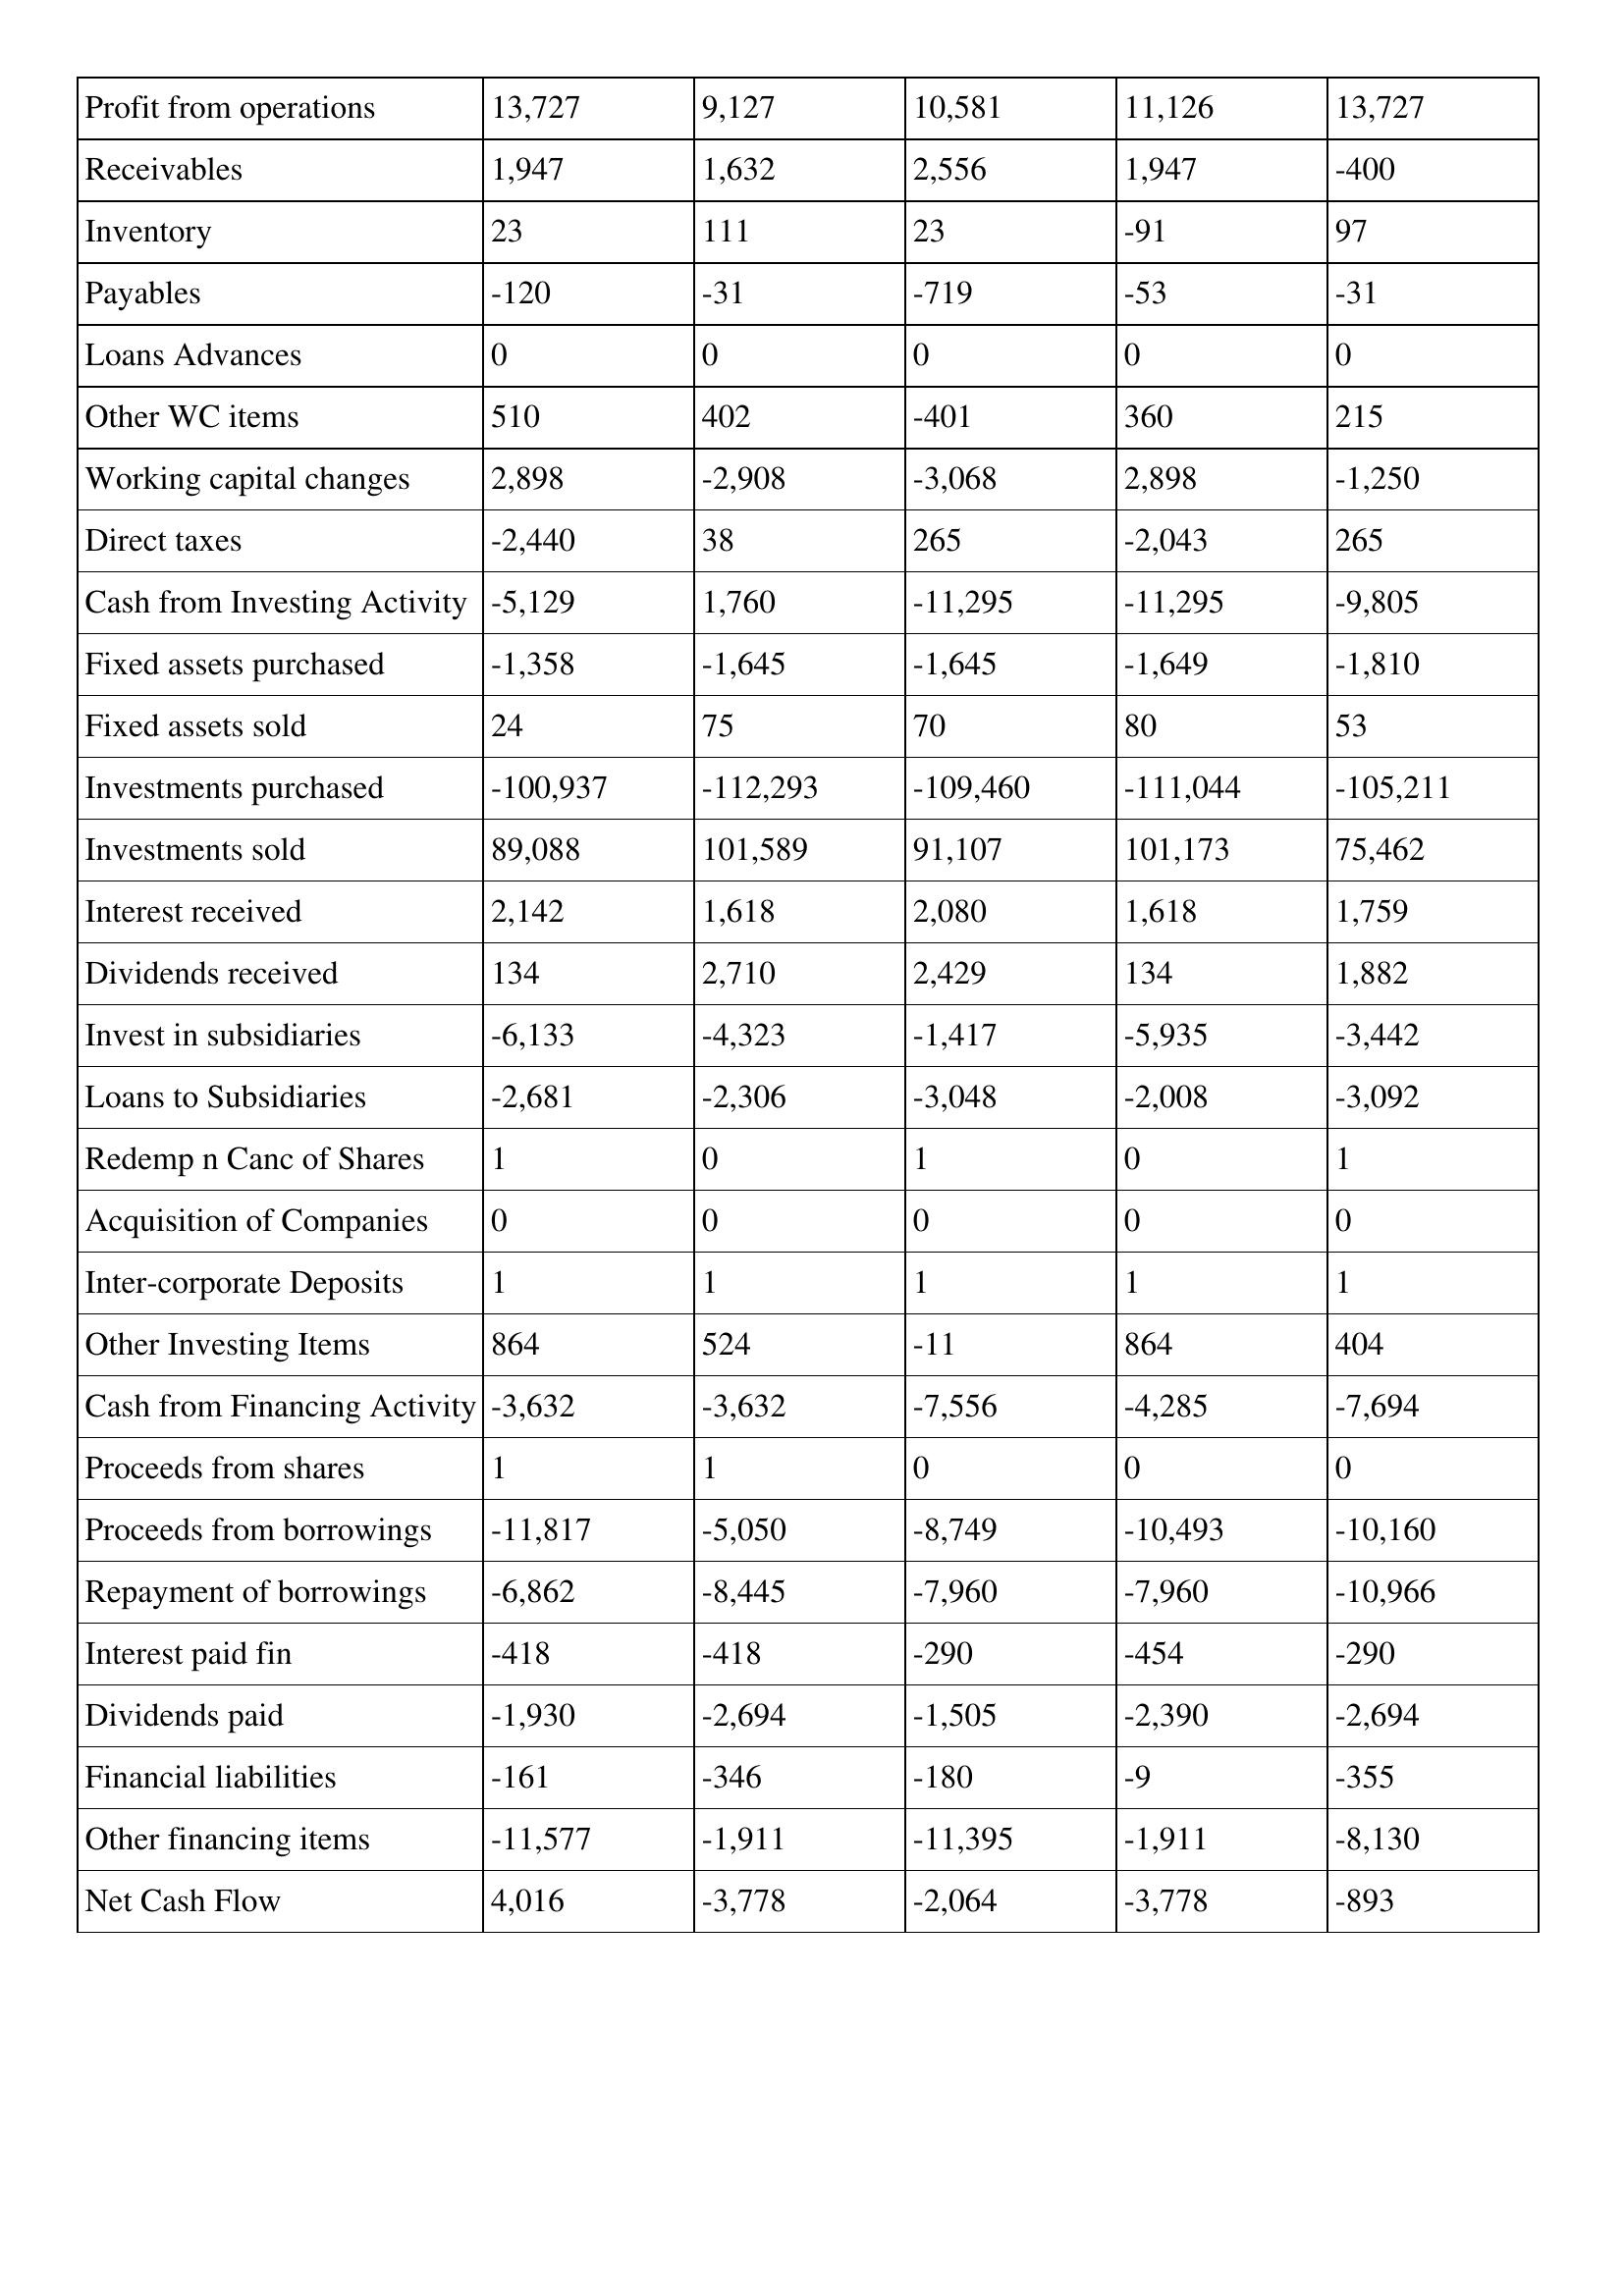
gt_parse: 1995: Cash Flows: Profit from operations: 13,727
Receivables: 1,947
Inventory: 23
Payables: -120
Loans Advances: 0
Other WC items: 510
Working capital changes: 2,898
Direct taxes: -2,440
Cash from Investing Activity: -5,129
Fixed assets purchased: -1,358
Fixed assets sold: 24
Investments purchased: -100,937
Investments sold: 89,088
Interest received: 2,142
Dividends received: 134
Invest in subsidiaries: -6,133
Loans to Subsidiaries: -2,681
Redemp n Canc of Shares: 1
Acquisition of Companies: 0
Inter-corporate Deposits: 1
Other Investing Items: 864
Cash from Financing Activity: -3,632
Proceeds from shares: 1
Proceeds from borrowings: -11,817
Repayment of borrowings: -6,862
Interest paid fin: -418
Dividends paid: -1,930
Financial liabilities: -161
Other financing items: -11,577
Net Cash Flow: 4,016
1994: Cash Flows: Profit from operations: 9,127
Receivables: 1,632
Inventory: 111
Payables: -31
Loans Advances: 0
Other WC items: 402
Working capital changes: -2,908
Direct taxes: 38
Cash from Investing Activity: 1,760
Fixed assets purchased: -1,645
Fixed assets sold: 75
Investments purchased: -112,293
Investments sold: 101,589
Interest received: 1,618
Dividends received: 2,710
Invest in subsidiaries: -4,323
Loans to Subsidiaries: -2,306
Redemp n Canc of Shares: 0
Acquisition of Companies: 0
Inter-corporate Deposits: 1
Other Investing Items: 524
Cash from Financing Activity: -3,632
Proceeds from shares: 1
Proceeds from borrowings: -5,050
Repayment of borrowings: -8,445
Interest paid fin: -418
Dividends paid: -2,694
Financial liabilities: -346
Other financing items: -1,911
Net Cash Flow: -3,778
1993: Cash Flows: Profit from operations: 10,581
Receivables: 2,556
Inventory: 23
Payables: -719
Loans Advances: 0
Other WC items: -401
Working capital changes: -3,068
Direct taxes: 265
Cash from Investing Activity: -11,295
Fixed assets purchased: -1,645
Fixed assets sold: 70
Investments purchased: -109,460
Investments sold: 91,107
Interest received: 2,080
Dividends received: 2,429
Invest in subsidiaries: -1,417
Loans to Subsidiaries: -3,048
Redemp n Canc of Shares: 1
Acquisition of Companies: 0
Inter-corporate Deposits: 1
Other Investing Items: -11
Cash from Financing Activity: -7,556
Proceeds from shares: 0
Proceeds from borrowings: -8,749
Repayment of borrowings: -7,960
Interest paid fin: -290
Dividends paid: -1,505
Financial liabilities: -180
Other financing items: -11,395
Net Cash Flow: -2,064
1992: Cash Flows: Profit from operations: 11,126
Receivables: 1,947
Inventory: -91
Payables: -53
Loans Advances: 0
Other WC items: 360
Working capital changes: 2,898
Direct taxes: -2,043
Cash from Investing Activity: -11,295
Fixed assets purchased: -1,649
Fixed assets sold: 80
Investments purchased: -111,044
Investments sold: 101,173
Interest received: 1,618
Dividends received: 134
Invest in subsidiaries: -5,935
Loans to Subsidiaries: -2,008
Redemp n Canc of Shares: 0
Acquisition of Companies: 0
Inter-corporate Deposits: 1
Other Investing Items: 864
Cash from Financing Activity: -4,285
Proceeds from shares: 0
Proceeds from borrowings: -10,493
Repayment of borrowings: -7,960
Interest paid fin: -454
Dividends paid: -2,390
Financial liabilities: -9
Other financing items: -1,911
Net Cash Flow: -3,778
1991: Cash Flows: Profit from operations: 13,727
Receivables: -400
Inventory: 97
Payables: -31
Loans Advances: 0
Other WC items: 215
Working capital changes: -1,250
Direct taxes: 265
Cash from Investing Activity: -9,805
Fixed assets purchased: -1,810
Fixed assets sold: 53
Investments purchased: -105,211
Investments sold: 75,462
Interest received: 1,759
Dividends received: 1,882
Invest in subsidiaries: -3,442
Loans to Subsidiaries: -3,092
Redemp n Canc of Shares: 1
Acquisition of Companies: 0
Inter-corporate Deposits: 1
Other Investing Items: 404
Cash from Financing Activity: -7,694
Proceeds from shares: 0
Proceeds from borrowings: -10,160
Repayment of borrowings: -10,966
Interest paid fin: -290
Dividends paid: -2,694
Financial liabilities: -355
Other financing items: -8,130
Net Cash Flow: -893